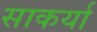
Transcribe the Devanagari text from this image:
साकर्या